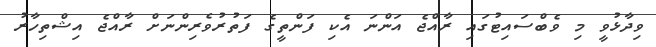
ވިދާޅުވީ މި ވެބްސައިޓުގައި ރާއްޖެ އަންނަ އެކި ފަންތީގެ ފަތުރުވެރިންނަށް ރާއްޖެ އިޝްތިހާރު